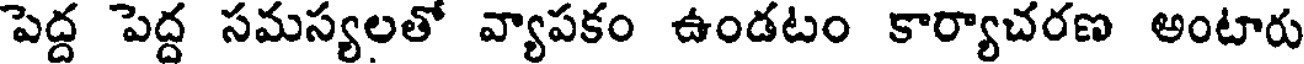
పెద్ద పెద్ద సమస్యలతో వ్యాపకం ఉండటం కార్యాచరణ అంటారు